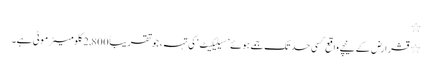
٭
٭ قشرِ اَرض کے نیچے واقع کسی حد تک جمے ہوئے ’سیلیکیٹ‘ کی تہہ، جو تقریباً 2,800 کلومیٹر موٹی ہے۔